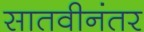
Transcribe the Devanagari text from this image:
सातवीनंतर